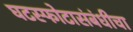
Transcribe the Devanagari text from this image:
घटस्फोटासंबंधीचा